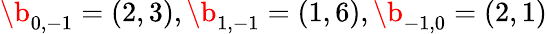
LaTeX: \b_{0,-1}=(2,3),\b_{1,-1}=(1,6),\b_{-1,0}=(2,1)